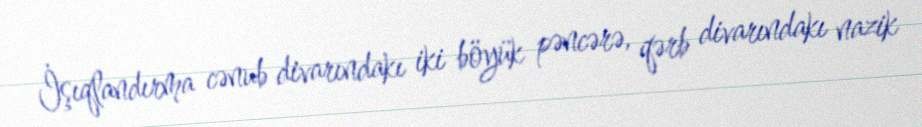
İşıqlandırma cənub divarındakı iki böyük pəncərə, qərb divarındakı nazik